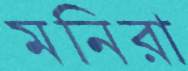
মনিরা